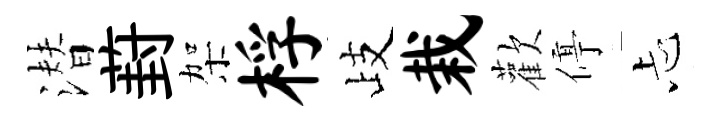
潜葑架桴歧栽歡停忐